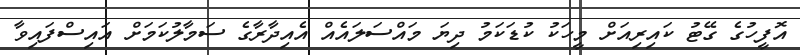
އޮފީހުގެ ގޭޓު ކައިރިއަށް މީހަކު ކުޑަކަމު ދިޔަ މައްސަލައެއް އެއިދާރާގެ ސަމާލުކަމަށް އައިސްފައިވާ